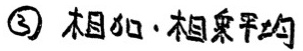
\textcircled{3} 相加·相乘平均